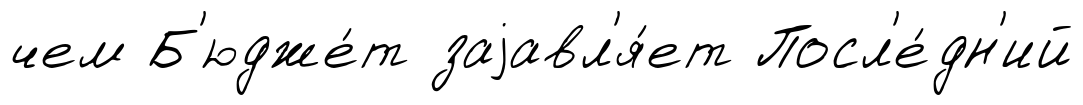
чем Б'юдже́т заjавл'я́ет Посл'е́дн'ий